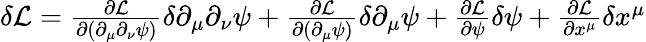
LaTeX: \begin{array}{r}{\delta\mathcal{L}=\frac{\partial\mathcal L}{\partial(\partial_{\mu}\partial_{\nu}\psi)}\delta\partial_{\mu}\partial_{\nu}\psi+\frac{\partial\mathcal L}{\partial(\partial_{\mu}\psi)}\delta\partial_{\mu}\psi+\frac{\partial\mathcal L}{\partial\psi}\delta\psi+\frac{\partial\mathcal L}{\partial x^{\mu}}\delta x^{\mu}}\end{array}